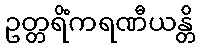
ဥတ္တရိံကရဏီယန္တိ